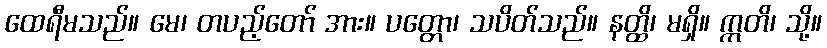
ထေရီမသည်။ မေ၊ တပည့်တော် အား။ ပတ္တော၊ သပိတ်သည်။ နတ္ထိ၊ မရှိ။ ဣတိ၊ သို့။